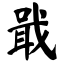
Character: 戢